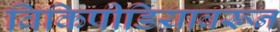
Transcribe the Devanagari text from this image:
विकिपीडियावरून